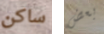
ساكن بعض